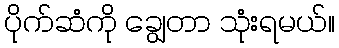
ပိုက်ဆံကို ချွေတာ သုံးရမယ်။